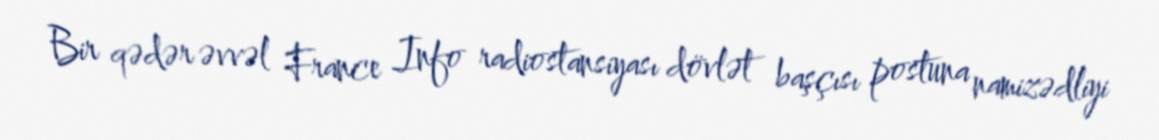
Bir qədər əvvəl France Info radiostansiyası dövlət başçısı postuna namizədliyi